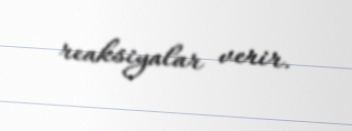
reaksiyalar verir.